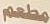
مطعم